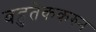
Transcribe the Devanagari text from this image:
बहुतेककरुन